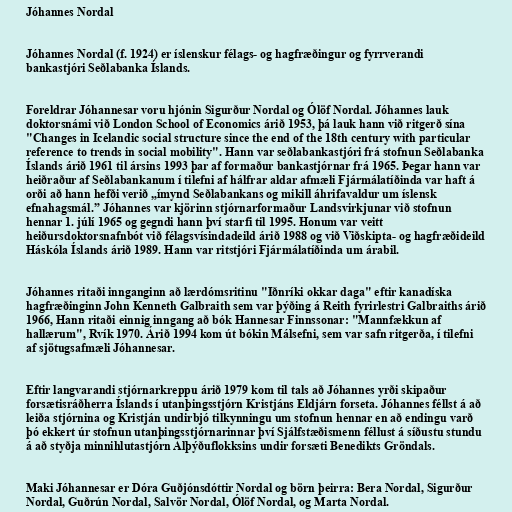
Jóhannes Nordal

Jóhannes Nordal (f. 1924) er íslenskur félags- og hagfræðingur og fyrrverandi
bankastjóri Seðlabanka Íslands.

Foreldrar Jóhannesar voru hjónin Sigurður Nordal og Ólöf Nordal. Jóhannes lauk
doktorsnámi við London School of Economics árið 1953, þá lauk hann við ritgerð sína
"Changes in Icelandic social structure since the end of the 18th century with particular
reference to trends in social mobility". Hann var seðlabankastjóri frá stofnun Seðlabanka
Íslands árið 1961 til ársins 1993 þar af formaður bankastjórnar frá 1965. Þegar hann var
heiðraður af Seðlabankanum í tilefni af hálfrar aldar afmæli Fjármálatíðinda var haft á
orði að hann hefði verið „ímynd Seðlabankans og mikill áhrifavaldur um íslensk
efnahagsmál.” Jóhannes var kjörinn stjórnarformaður Landsvirkjunar við stofnun
hennar 1. júlí 1965 og gegndi hann því starfi til 1995. Honum var veitt
heiðursdoktorsnafnbót við félagsvísindadeild árið 1988 og við Viðskipta- og hagfræðideild
Háskóla Íslands árið 1989. Hann var ritstjóri Fjármálatíðinda um árabil.

Jóhannes ritaði innganginn að lærdómsritinu "Iðnríki okkar daga" eftir kanadíska
hagfræðinginn John Kenneth Galbraith sem var þýðing á Reith fyrirlestri Galbraiths árið
1966, Hann ritaði einnig inngang að bók Hannesar Finnssonar: "Mannfækkun af
hallærum", Rvík 1970. Árið 1994 kom út bókin Málsefni, sem var safn ritgerða, í tilefni
af sjötugsafmæli Jóhannesar.

Eftir langvarandi stjórnarkreppu árið 1979 kom til tals að Jóhannes yrði skipaður
forsætisráðherra Íslands í utanþingsstjórn Kristjáns Eldjárn forseta. Jóhannes féllst á að
leiða stjórnina og Kristján undirbjó tilkynningu um stofnun hennar en að endingu varð
þó ekkert úr stofnun utanþingsstjórnarinnar því Sjálfstæðismenn féllust á síðustu stundu
á að styðja minnihlutastjórn Alþýðuflokksins undir forsæti Benedikts Gröndals.

Maki Jóhannesar er Dóra Guðjónsdóttir Nordal og börn þeirra: Bera Nordal, Sigurður
Nordal, Guðrún Nordal, Salvör Nordal, Ólöf Nordal, og Marta Nordal.